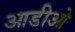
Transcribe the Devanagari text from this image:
आडीओ